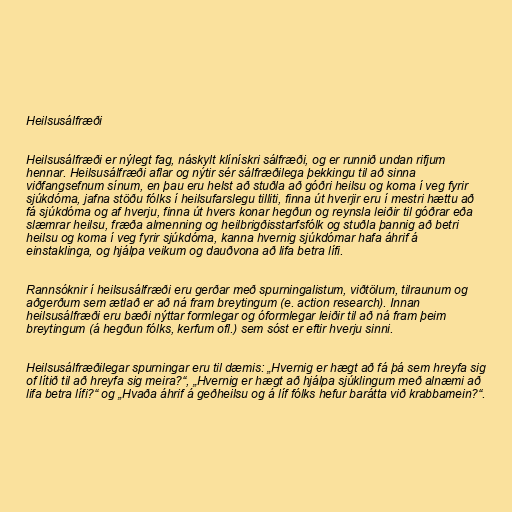
Heilsusálfræði

Heilsusálfræði er nýlegt fag, náskylt klínískri sálfræði, og er runnið undan rifjum
hennar. Heilsusálfræði aflar og nýtir sér sálfræðilega þekkingu til að sinna
viðfangsefnum sínum, en þau eru helst að stuðla að góðri heilsu og koma í veg fyrir
sjúkdóma, jafna stöðu fólks í heilsufarslegu tilliti, finna út hverjir eru í mestri hættu að
fá sjúkdóma og af hverju, finna út hvers konar hegðun og reynsla leiðir til góðrar eða
slæmrar heilsu, fræða almenning og heilbrigðisstarfsfólk og stuðla þannig að betri
heilsu og koma í veg fyrir sjúkdóma, kanna hvernig sjúkdómar hafa áhrif á
einstaklinga, og hjálpa veikum og dauðvona að lifa betra lífi.

Rannsóknir í heilsusálfræði eru gerðar með spurningalistum, viðtölum, tilraunum og
aðgerðum sem ætlað er að ná fram breytingum (e. action research). Innan
heilsusálfræði eru bæði nýttar formlegar og óformlegar leiðir til að ná fram þeim
breytingum (á hegðun fólks, kerfum ofl.) sem sóst er eftir hverju sinni.

Heilsusálfræðilegar spurningar eru til dæmis: „Hvernig er hægt að fá þá sem hreyfa sig
of lítið til að hreyfa sig meira?“, „Hvernig er hægt að hjálpa sjúklingum með alnæmi að
lifa betra lífi?“ og „Hvaða áhrif á geðheilsu og á líf fólks hefur barátta við krabbamein?“.